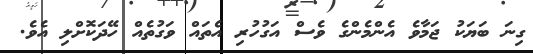
ގިނަ ބަޔަކު ޖަމާވެ އެންމެންގެ ވެސް އަގުހުރި އެތައް ވަގުތެއް ހޭދަކޮށްލި އެވެ.